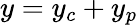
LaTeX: y=y_{c}+y_{p}